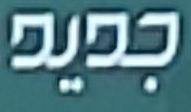
جديد